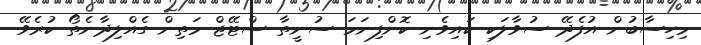
މިހިސާބުން އުފެދޭ ސުވާލަކި ކައިވެނި ކޮށްފިނަމަ ސުނީތާ ސްޓޭޖް މަތިން ގެއްލިދާނެތޯ ކުރެވޭ